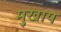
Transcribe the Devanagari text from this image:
मुखाय